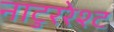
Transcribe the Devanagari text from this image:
नाटुररेश्ट